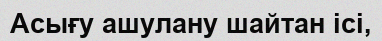
Асығу ашулану шайтан ісі,